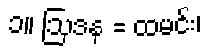
၁။ ဩဒန = ထမင်း၊